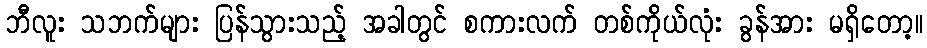
ဘီလူး သဘက်များ ပြန်သွားသည့် အခါတွင် စကားလက် တစ်ကိုယ်လုံး ခွန်အား မရှိတော့။